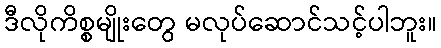
ဒီလိုကိစ္စမျိုးတွေ မလုပ်ဆောင်သင့်ပါဘူး။